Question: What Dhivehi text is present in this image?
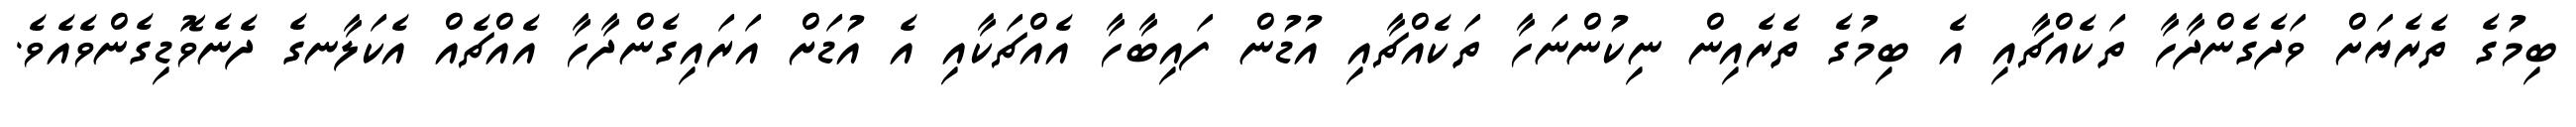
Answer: ބިމުގެ ތެރެޔަށް ވަދެގެންދާހާ ތަކެއްޗާއި އެ ބިމުގެ ތެރެއިން ނިކުންނަހާ ތަކެއްޗާއި އުޑުން ފައިބާހާ އެއްޗަކާއި އެ އުޑަށް އަރައިގެންދާހާ އެއްޗެއް އެކަލާނގެ ދެނެވޮޑިގެންވެއެވެ.